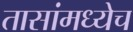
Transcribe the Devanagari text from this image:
तासांमध्येच